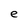
Character: e